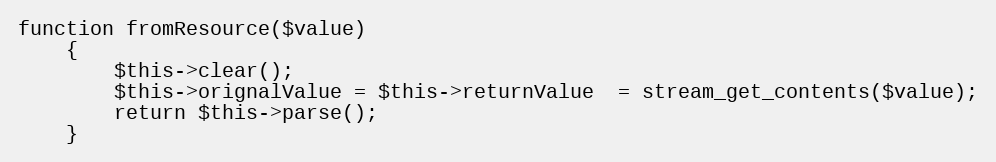
Language: PHP
function fromResource($value)
    {
        $this->clear();
        $this->orignalValue = $this->returnValue  = stream_get_contents($value);
        return $this->parse();
    }